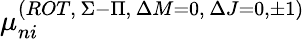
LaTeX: \mu_{ni}^{(ROT,\, \Sigma-\Pi,\, \Delta{M}=0,\, \Delta{J}=0,\pm 1)}